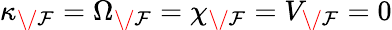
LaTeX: \kappa_{\/ \mathcal{F}}=\Omega_{\/ \mathcal{F}}=\chi_{\/ \mathcal{F}}=V_{\/ \mathcal{F}}=0